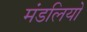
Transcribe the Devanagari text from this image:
मंडलियो